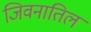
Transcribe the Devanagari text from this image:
जिवनातिल